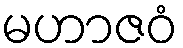
မဟာဇဝံ